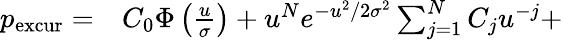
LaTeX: \begin{array}{rl}{p_{\mathrm{excur}}=}&{{}C_{0}\Phi\left(\frac{u}{\sigma}\right)+u^{N}e^{-u^{2}/2\sigma^{2}}\sum_{j=1}^{N}C_{j}u^{-j}+}\end{array}